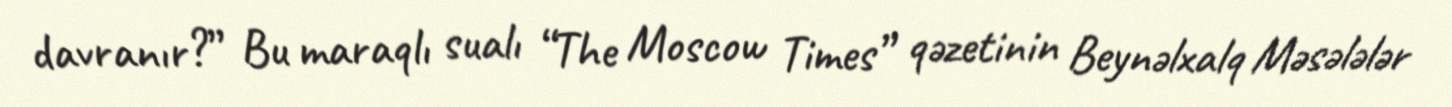
davranır?” Bu maraqlı sualı “The Moscow Times” qəzetinin Beynəlxalq Məsələlər